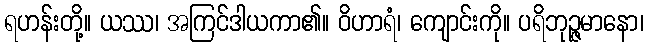
ရဟန်းတို့။ ယဿ၊ အကြင်ဒါယကာ၏။ ဝိဟာရံ၊ ကျောင်းကို။ ပရိဘုဉ္ဇမာနော၊